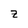
Character: Z